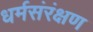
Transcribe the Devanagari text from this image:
धर्मसंरंक्षण